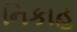
નિકાહ